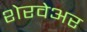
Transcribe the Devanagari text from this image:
शेरवेअर